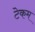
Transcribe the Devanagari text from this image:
टेकम